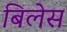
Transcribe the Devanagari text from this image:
बिलेस